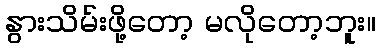
နွားသိမ်းဖို့တော့ မလိုတော့ဘူး။